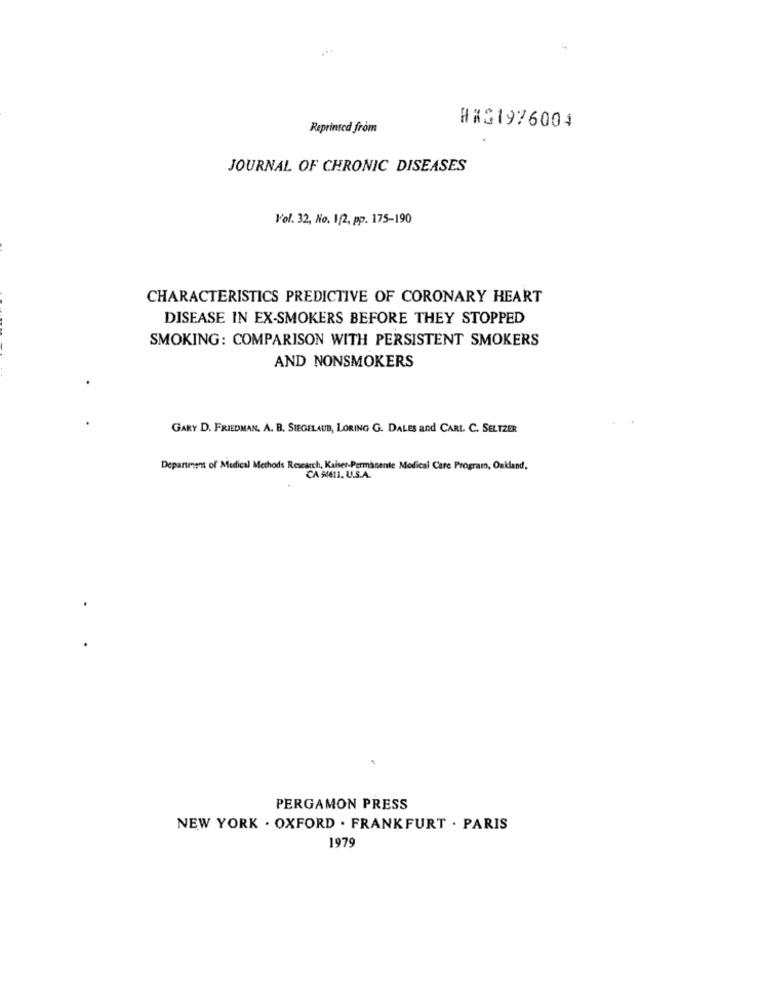
Reprinted from
#X21976004
JOURNAL OF CHRONIC DISEASES
Vol. 32, No. 1/2, pp. 175-190
CHARACTERISTICS PREDICTIVE OF CORONARY HEART
DISEASE IN EX-SMOKERS BEFORE THEY STOPPED
SMOKING: COMPARISON WITH PERSISTENT SMOKERS
AND NONSMOKERS
GARY D. FRIEDMAN, A. B. SIEGELAUD, LORING G. DALES and CARL. C. SELTZER
Department of Medical Methods Research, Kaiser-Permanente Medical Care Program, Oakland,
CA MELI. U.S.A.
PERGAMON PRESS
NEW YORK . OXFORD . FRANKFURT . PARIS
1979